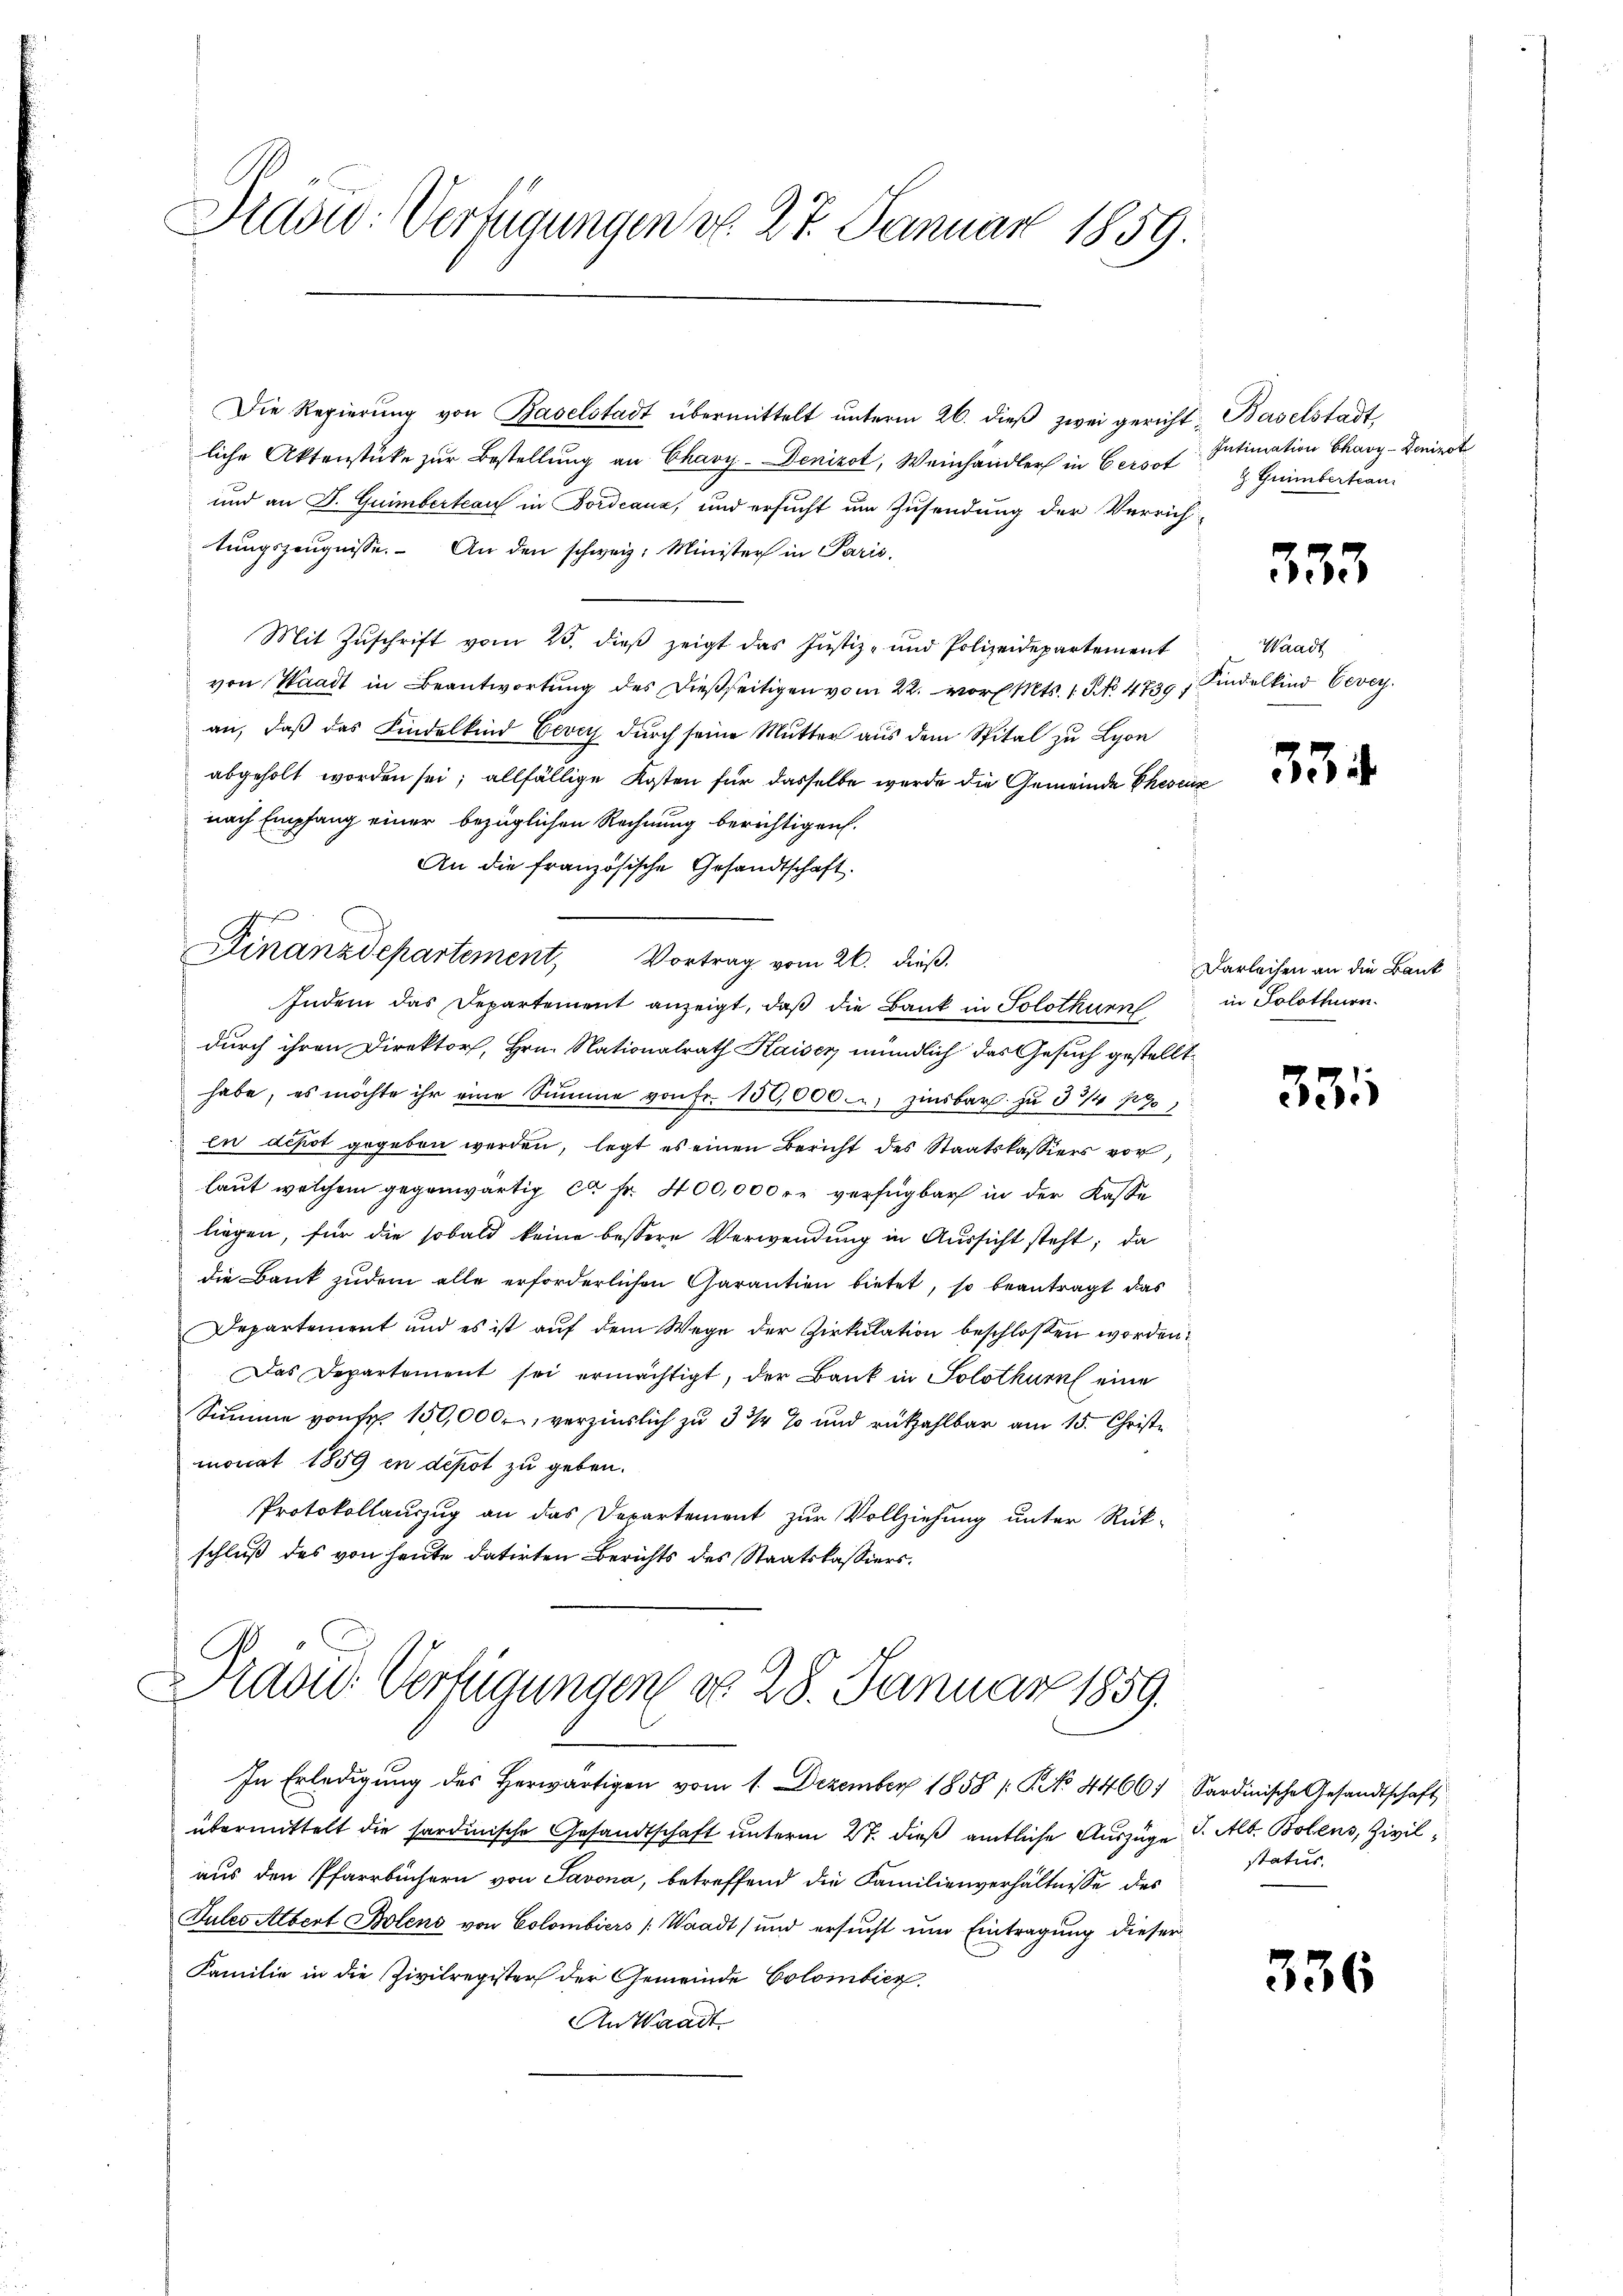
Dias: Verfügungen d. 27. Januar 1859.

Die Regierŭng von Baselstadt übermittelt ŭnterm 26. dieβ zwei gericht Baselstadt,
liche Aktenstücke zur Bestellung an Chavy-Denizot, Weinhändler in Gersat
und an J. Guimbertrau in Fordeauz, und ersucht um Zusendung der Verrichtungszeugnisse. An den schweiz. Minister in Paris.
Mit Zŭschrift vom 25. dieβ zeigt das Justiz- und Polizeidepartement
von Waadt in Beantwortung des dießseitigen vom 22. vor. Mts. 1. No 4739) Kindelkind Vevey
an, daß das Kindelkind Vevey durch seine Mutter aus dem Spital zu Lyon
abgeholt worden sei; allfällige Kosten für dasselbe wurde die Gemeinde Theseiz
nach Empfang einer bezüglichen Rechnung berichtigen.
An die französische Gesandtschaft.
Indem das Departement anzeigt, daß die Bank in Solothurn in Solothurn
durch ihren Direktor, Hrn. Nationalrath Kaiser mündlich das Gesuch gestellt,
habe, es möchte ihr eine Summe von Fr. 150,000. zinsbar zu 3/4 170
en depot gegeben werden, legt es einen Bericht des Staatskassiers vor,
laut welchem gegenwärtig ca Fr. 400,000 rl. verfügbar in der Kasse
liegen, für die sobald keine bessere Verwendung in Aussicht steht; da
die Bank zudem alle erforderlichen Garantien bietet, so beantragt, das
Departement und es ist auf dem Wege der Zirkulation beschlossen worden:
Das Departement sei ermächtigt, der Bank in Solothurn eine
Summe von fr. 150,000, verzinslich zu 3 ½ % und rückzahlbar am 15. Christe
monat 1859 in depot zu geben.
Protokollauszug an das Departement zur Vollziehung unter Rück-
schluß des von heute datirten Berichts des Staatskassiers¬
Nadu. Verfügungen do 28. Januar 1859.

Finanzdepartement, Vortrag vom 26. dieß.

.

In Erledigung des herwärtigen vom 1. Dezember 1858 / NNo. 44601 Sardinische Gesandtschaft
übermittelt die sardinische Gesandtschaft unterm 27. dieß amtliche Auszüge S. Alb. Bolens, Zivilaus den Pfarrbüchern von Savona, betreffend die Familienverhältnisse des
Tules Albert Bolens von Colombiers (Waadt (und ersucht um Eintragung dieser
Familie in die Zivilregister der Gemeinde Colombier
An Waadt

Intimation Chavy-Denizot
Z. Grimmbertrau

333

Waadt

334

Darleihen an die Bank

33

status.

336